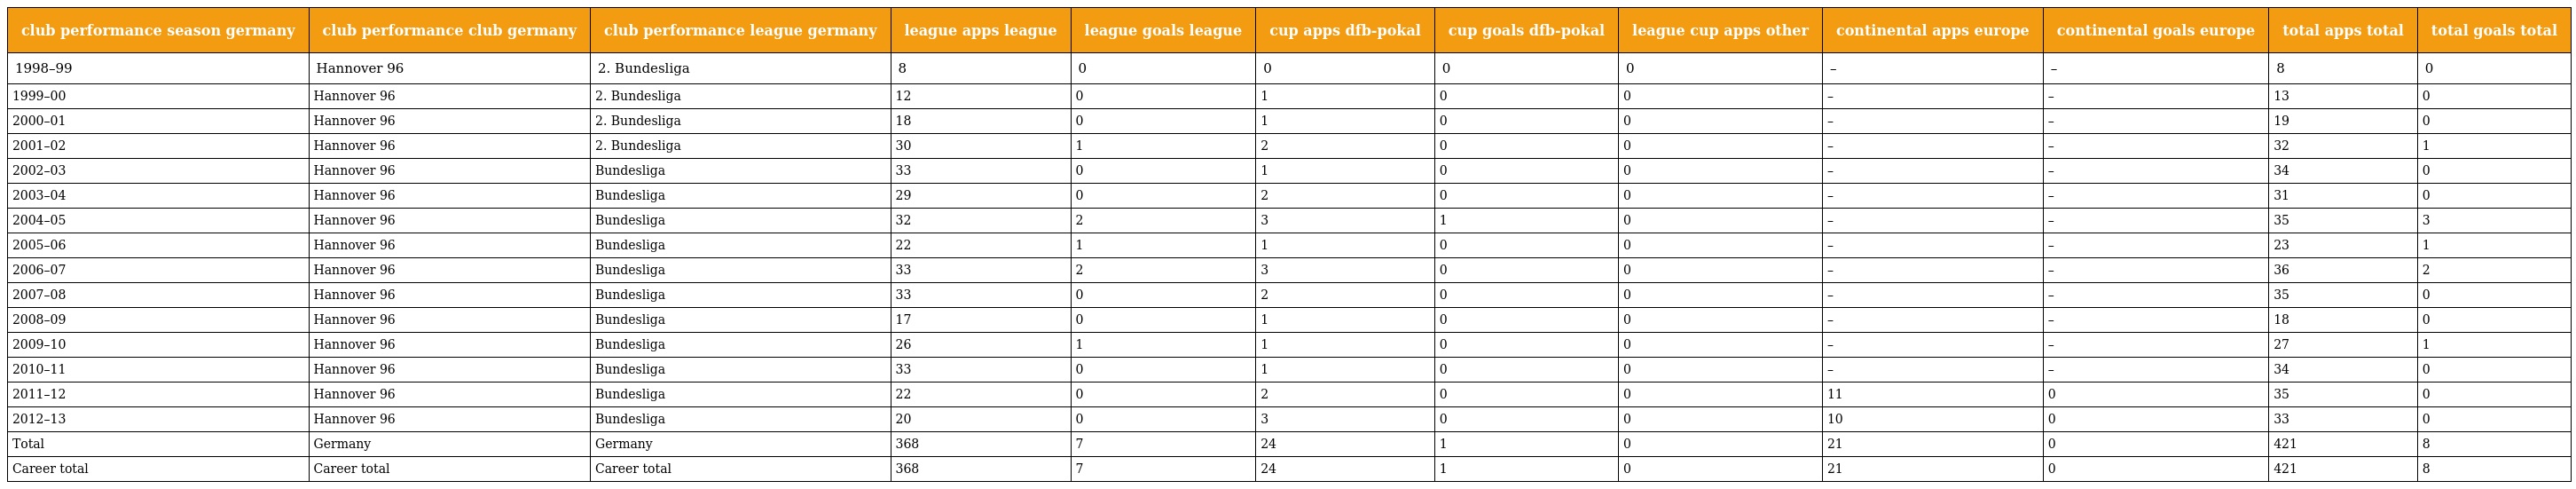
| club performance season germany | club performance club germany | club performance league germany | league apps league | league goals league | cup apps dfb-pokal | cup goals dfb-pokal | league cup apps other | continental apps europe | continental goals europe | total apps total | total goals total |
 | --- | --- | --- | --- | --- | --- | --- | --- | --- | --- | --- | --- |
 | 1998–99 | Hannover 96 | 2. Bundesliga | 8 | 0 | 0 | 0 | 0 | – | – | 8 | 0 |
 | 1999–00 | Hannover 96 | 2. Bundesliga | 12 | 0 | 1 | 0 | 0 | – | – | 13 | 0 |
 | 2000–01 | Hannover 96 | 2. Bundesliga | 18 | 0 | 1 | 0 | 0 | – | – | 19 | 0 |
 | 2001–02 | Hannover 96 | 2. Bundesliga | 30 | 1 | 2 | 0 | 0 | – | – | 32 | 1 |
 | 2002–03 | Hannover 96 | Bundesliga | 33 | 0 | 1 | 0 | 0 | – | – | 34 | 0 |
 | 2003–04 | Hannover 96 | Bundesliga | 29 | 0 | 2 | 0 | 0 | – | – | 31 | 0 |
 | 2004–05 | Hannover 96 | Bundesliga | 32 | 2 | 3 | 1 | 0 | – | – | 35 | 3 |
 | 2005–06 | Hannover 96 | Bundesliga | 22 | 1 | 1 | 0 | 0 | – | – | 23 | 1 |
 | 2006–07 | Hannover 96 | Bundesliga | 33 | 2 | 3 | 0 | 0 | – | – | 36 | 2 |
 | 2007–08 | Hannover 96 | Bundesliga | 33 | 0 | 2 | 0 | 0 | – | – | 35 | 0 |
 | 2008–09 | Hannover 96 | Bundesliga | 17 | 0 | 1 | 0 | 0 | – | – | 18 | 0 |
 | 2009–10 | Hannover 96 | Bundesliga | 26 | 1 | 1 | 0 | 0 | – | – | 27 | 1 |
 | 2010–11 | Hannover 96 | Bundesliga | 33 | 0 | 1 | 0 | 0 | – | – | 34 | 0 |
 | 2011–12 | Hannover 96 | Bundesliga | 22 | 0 | 2 | 0 | 0 | 11 | 0 | 35 | 0 |
 | 2012–13 | Hannover 96 | Bundesliga | 20 | 0 | 3 | 0 | 0 | 10 | 0 | 33 | 0 |
 | Total | Germany | Germany | 368 | 7 | 24 | 1 | 0 | 21 | 0 | 421 | 8 |
 | Career total | Career total | Career total | 368 | 7 | 24 | 1 | 0 | 21 | 0 | 421 | 8 |